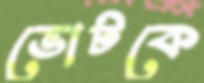
ভোটকে